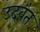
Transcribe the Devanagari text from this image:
उदवंत